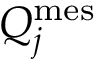
Q _ { j } ^ { \mathrm { m e s } }